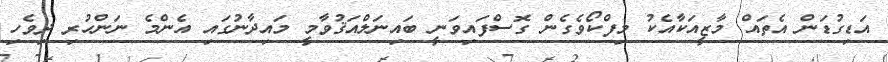
އަޑިގުޑަން އެތައް މާޒީއަކާއެކު މިފްކޯވެގެން ގޮސްފައިވަނީ ބައިނަލްއަޤުވާމީ މައިދާނުގައި އެންމެ ނަންހުރި ދިވެހި